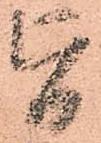
旨